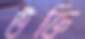
উক্তি